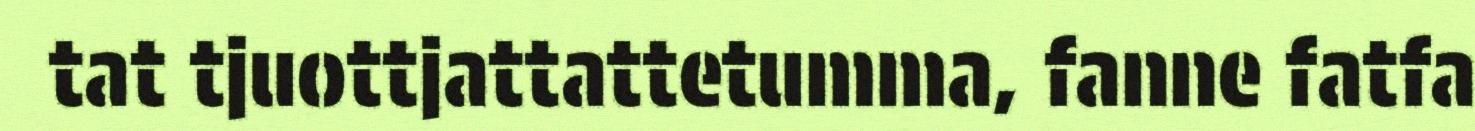
tat tjuottjattattetumma, fanne fatfa